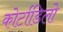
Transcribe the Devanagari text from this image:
कोर्टाडिलो